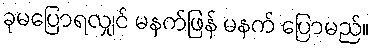
ခုမပြောရလျှင် မနက်ဖြန် မနက် ပြောမည်။